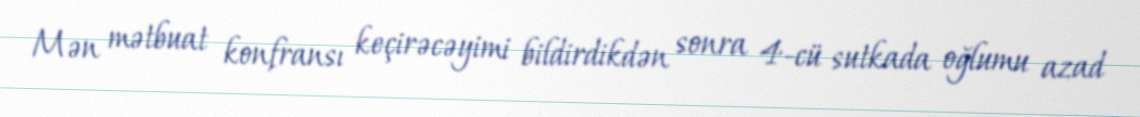
Mən mətbuat konfransı keçirəcəyimi bildirdikdən sonra 4-cü sutkada oğlumu azad